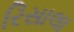
રિસાલા